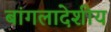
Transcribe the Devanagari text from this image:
बांगलादेशीय